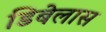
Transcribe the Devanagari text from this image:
डिबेलास